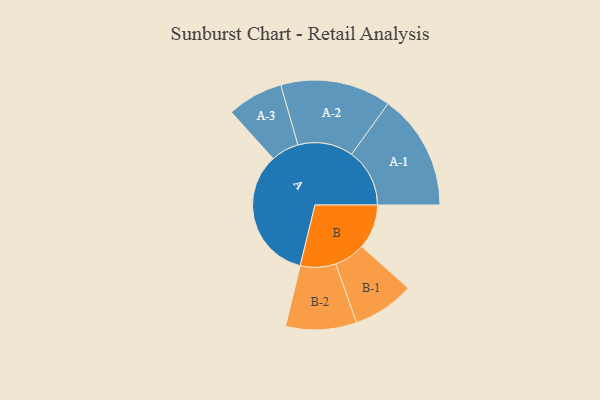
{"axis": {"x": "Segment", "y": "Value"}, "legend": ["", "A", "B"], "data": [{"x": "A", "y": 495, "type": ""}, {"x": "B", "y": 166, "type": ""}, {"x": "A-1", "y": 216, "type": "A"}, {"x": "A-2", "y": 206, "type": "A"}, {"x": "A-3", "y": 104, "type": "A"}, {"x": "B-1", "y": 115, "type": "B"}, {"x": "B-2", "y": 132, "type": "B"}]}